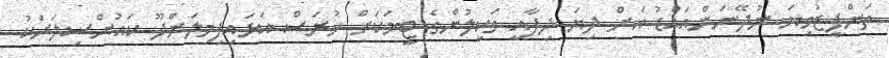
ތަންފީޒުވިޔަ ނުދޭނަންއައްޑު އަށް ދިޔަ ދިފާއީ ވަކީލުންގެ ޓީމަކަށް ހުރަސް އަޅައިފިމިލަންދޫ ކައުންސިލަރަކު